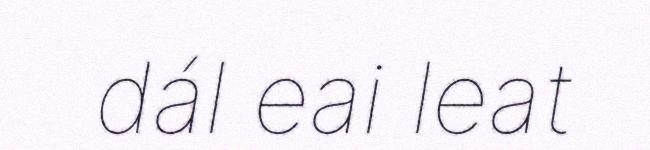
dál eai leat